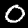
Digit: 0